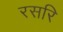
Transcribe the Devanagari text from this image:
रसरि